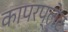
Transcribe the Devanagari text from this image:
कापरप्लेट